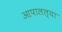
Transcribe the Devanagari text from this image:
आपालल्या